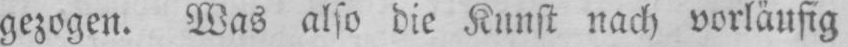
gezogen. Was also die Kunst nach vorläufig